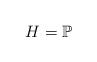
LaTeX: \begin{align*}H=\mathbb{P}\end{align*}